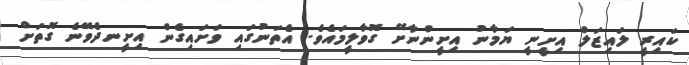
ކައިރީ ލައިޒަލް އިށީނީ ޔަމާނު އިށީންނާށޭ ގޮވާލީމައެވެ. އެތަނުގައި ވަށައިގެން އިށީނދެވޭނެ ގޮތަށް